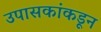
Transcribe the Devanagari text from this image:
उपासकांकडून